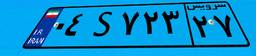
۹۵S۲۳۷۴۶